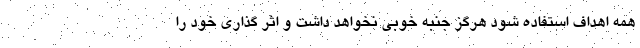
همه اهداف استفاده شود هرگز جنبه خوبی نخواهد داشت و اثر گذاری خود را